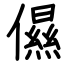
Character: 儑